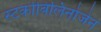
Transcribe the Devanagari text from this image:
स्‍टर्कोबिलिनोजेन